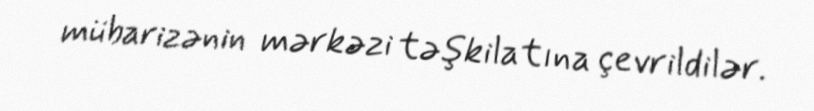
mübarizənin mərkəzi təşkilatına çevrildilər.